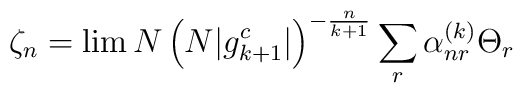
\zeta_n = \lim N \left(N|g^c_{k+1}|\right)^{-\frac{n}{k+1}}\sum_r \alpha^{(k)}_{nr} \Theta_r